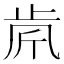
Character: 𣥪